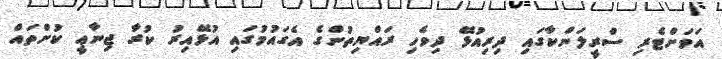
އަވަށްޓެރި ސްރީލަންކާގައި ދިރިއުޅޭ ދިވެހި ރައްޔިތުންގެ އެގައުމުގައި އުޅޭއިރު ކުރާ ޖިނާޢީ ކުށްތައް